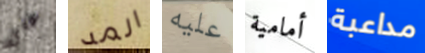
على المد عليه أمامية مداعبة